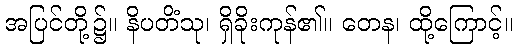
အပြင်တို့၌။ နိပတိံသု၊ ရှိခိုးကုန်၏။ တေန၊ ထို့ကြောင့်။